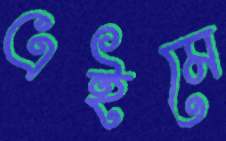
এইমে